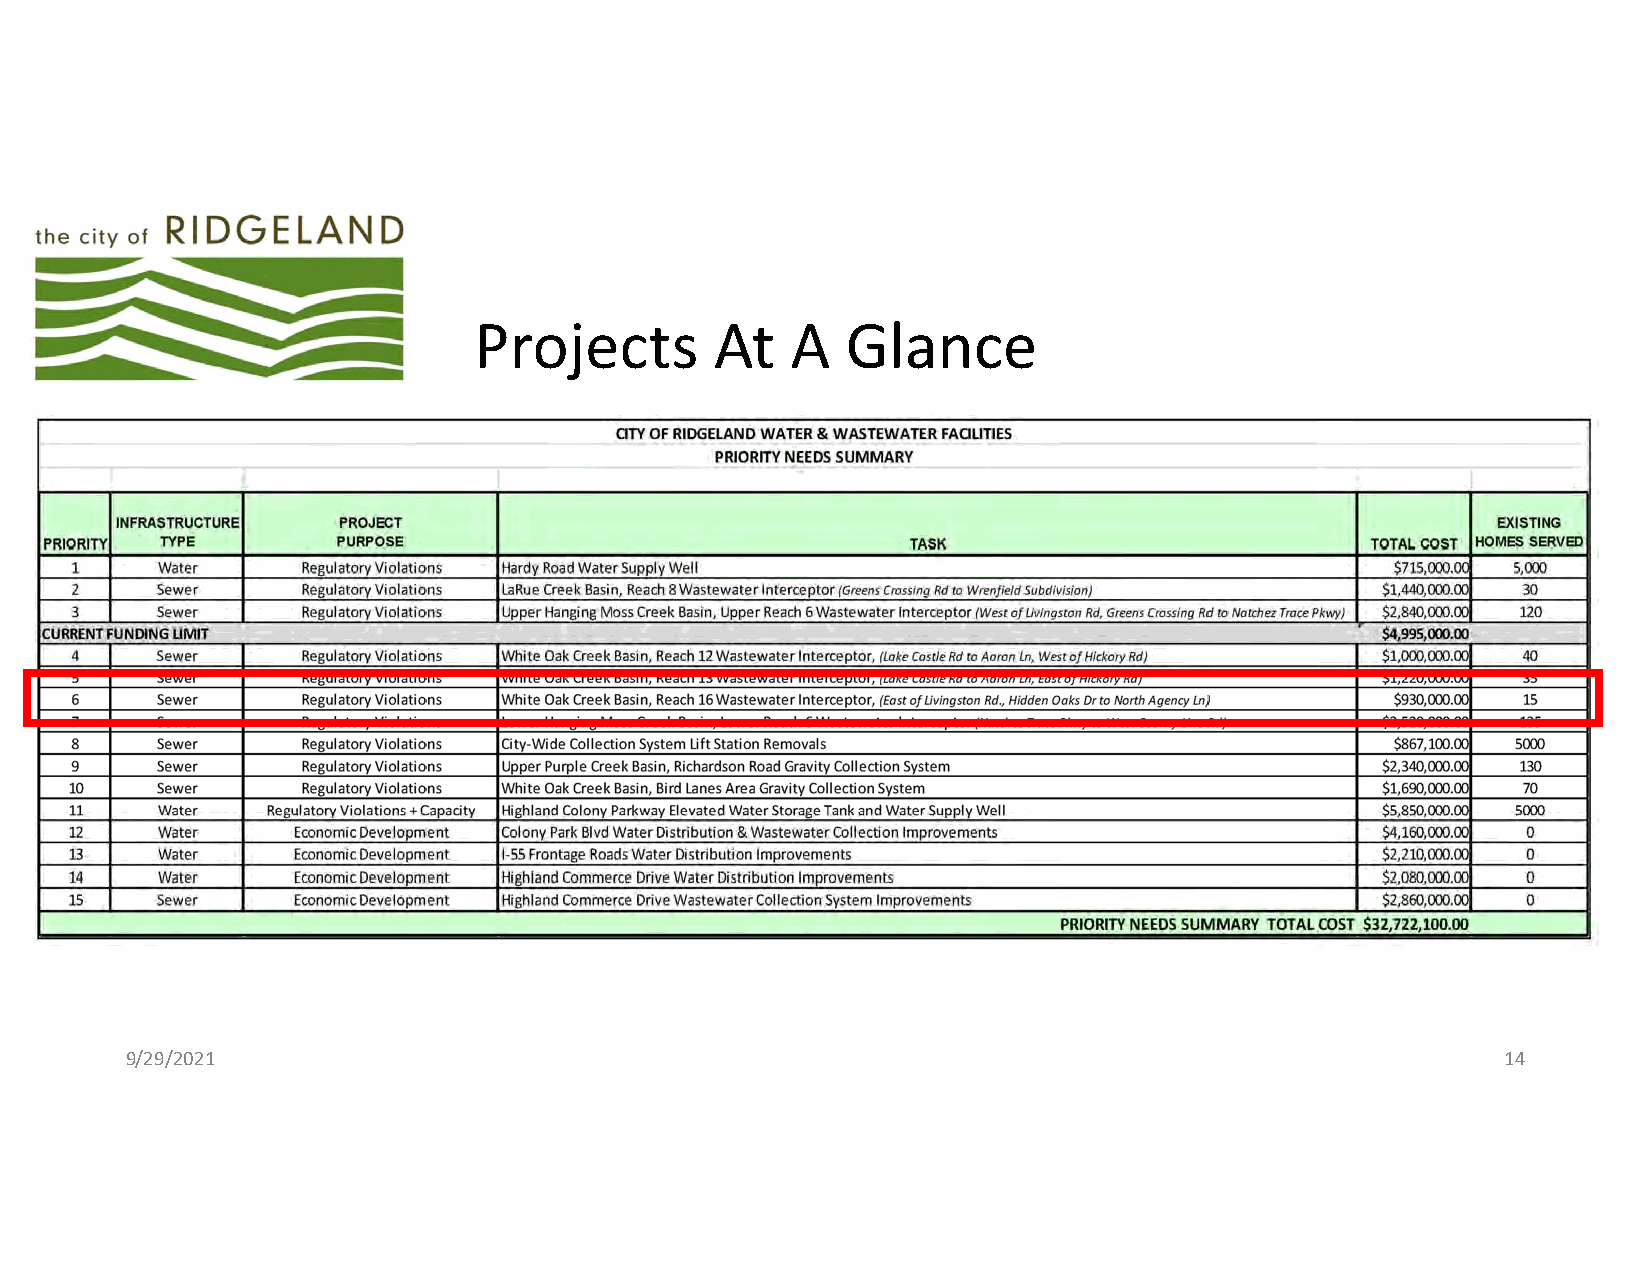
Projects        At   A   Glance
 9/29/2021                                                                                   14